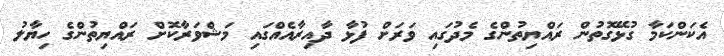
އެކަންކަމާ ގުޅޭގޮތުން ރައްޔިތުންގެ މެދުގައި ވަރަށް ފުޅާ ދާއިރާއެއްގައި މަޝްވަރާކޮށް ރައްޔިތުންގެ ހިޔާލު